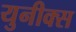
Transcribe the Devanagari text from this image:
युनीक्स